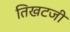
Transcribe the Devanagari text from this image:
तिखटजी